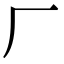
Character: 厂